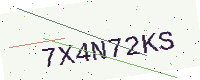
Text: 7X4N72KS